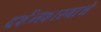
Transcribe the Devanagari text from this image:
दर्शनशास्त्राचे